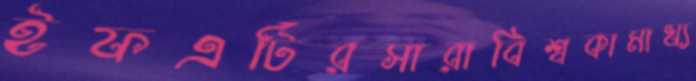
ইফএটিরসারাবিশ্বকামাখ্য